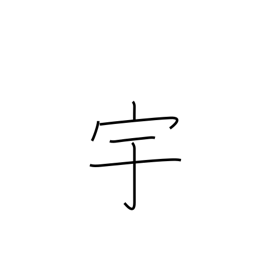
Meaning: house